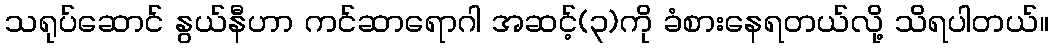
သရုပ်ဆောင် နွယ်နီဟာ ကင်ဆာရောဂါ အဆင့်(၃)ကို ခံစားနေရတယ်လို့ သိရပါတယ်။